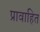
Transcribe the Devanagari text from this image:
प्रावाहित